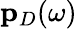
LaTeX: \mathbf{p}_{D}(\omega)